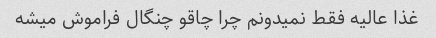
غذا عالیه فقط نمیدونم چرا چاقو چنگال فراموش میشه